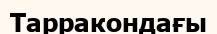
Тарракондағы